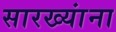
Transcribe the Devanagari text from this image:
सारख्यांना